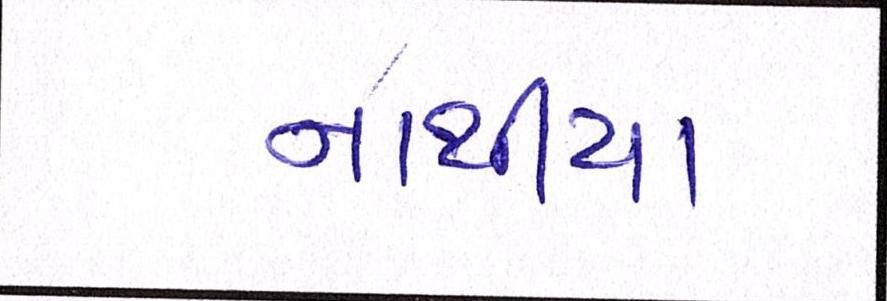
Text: નાથીયા